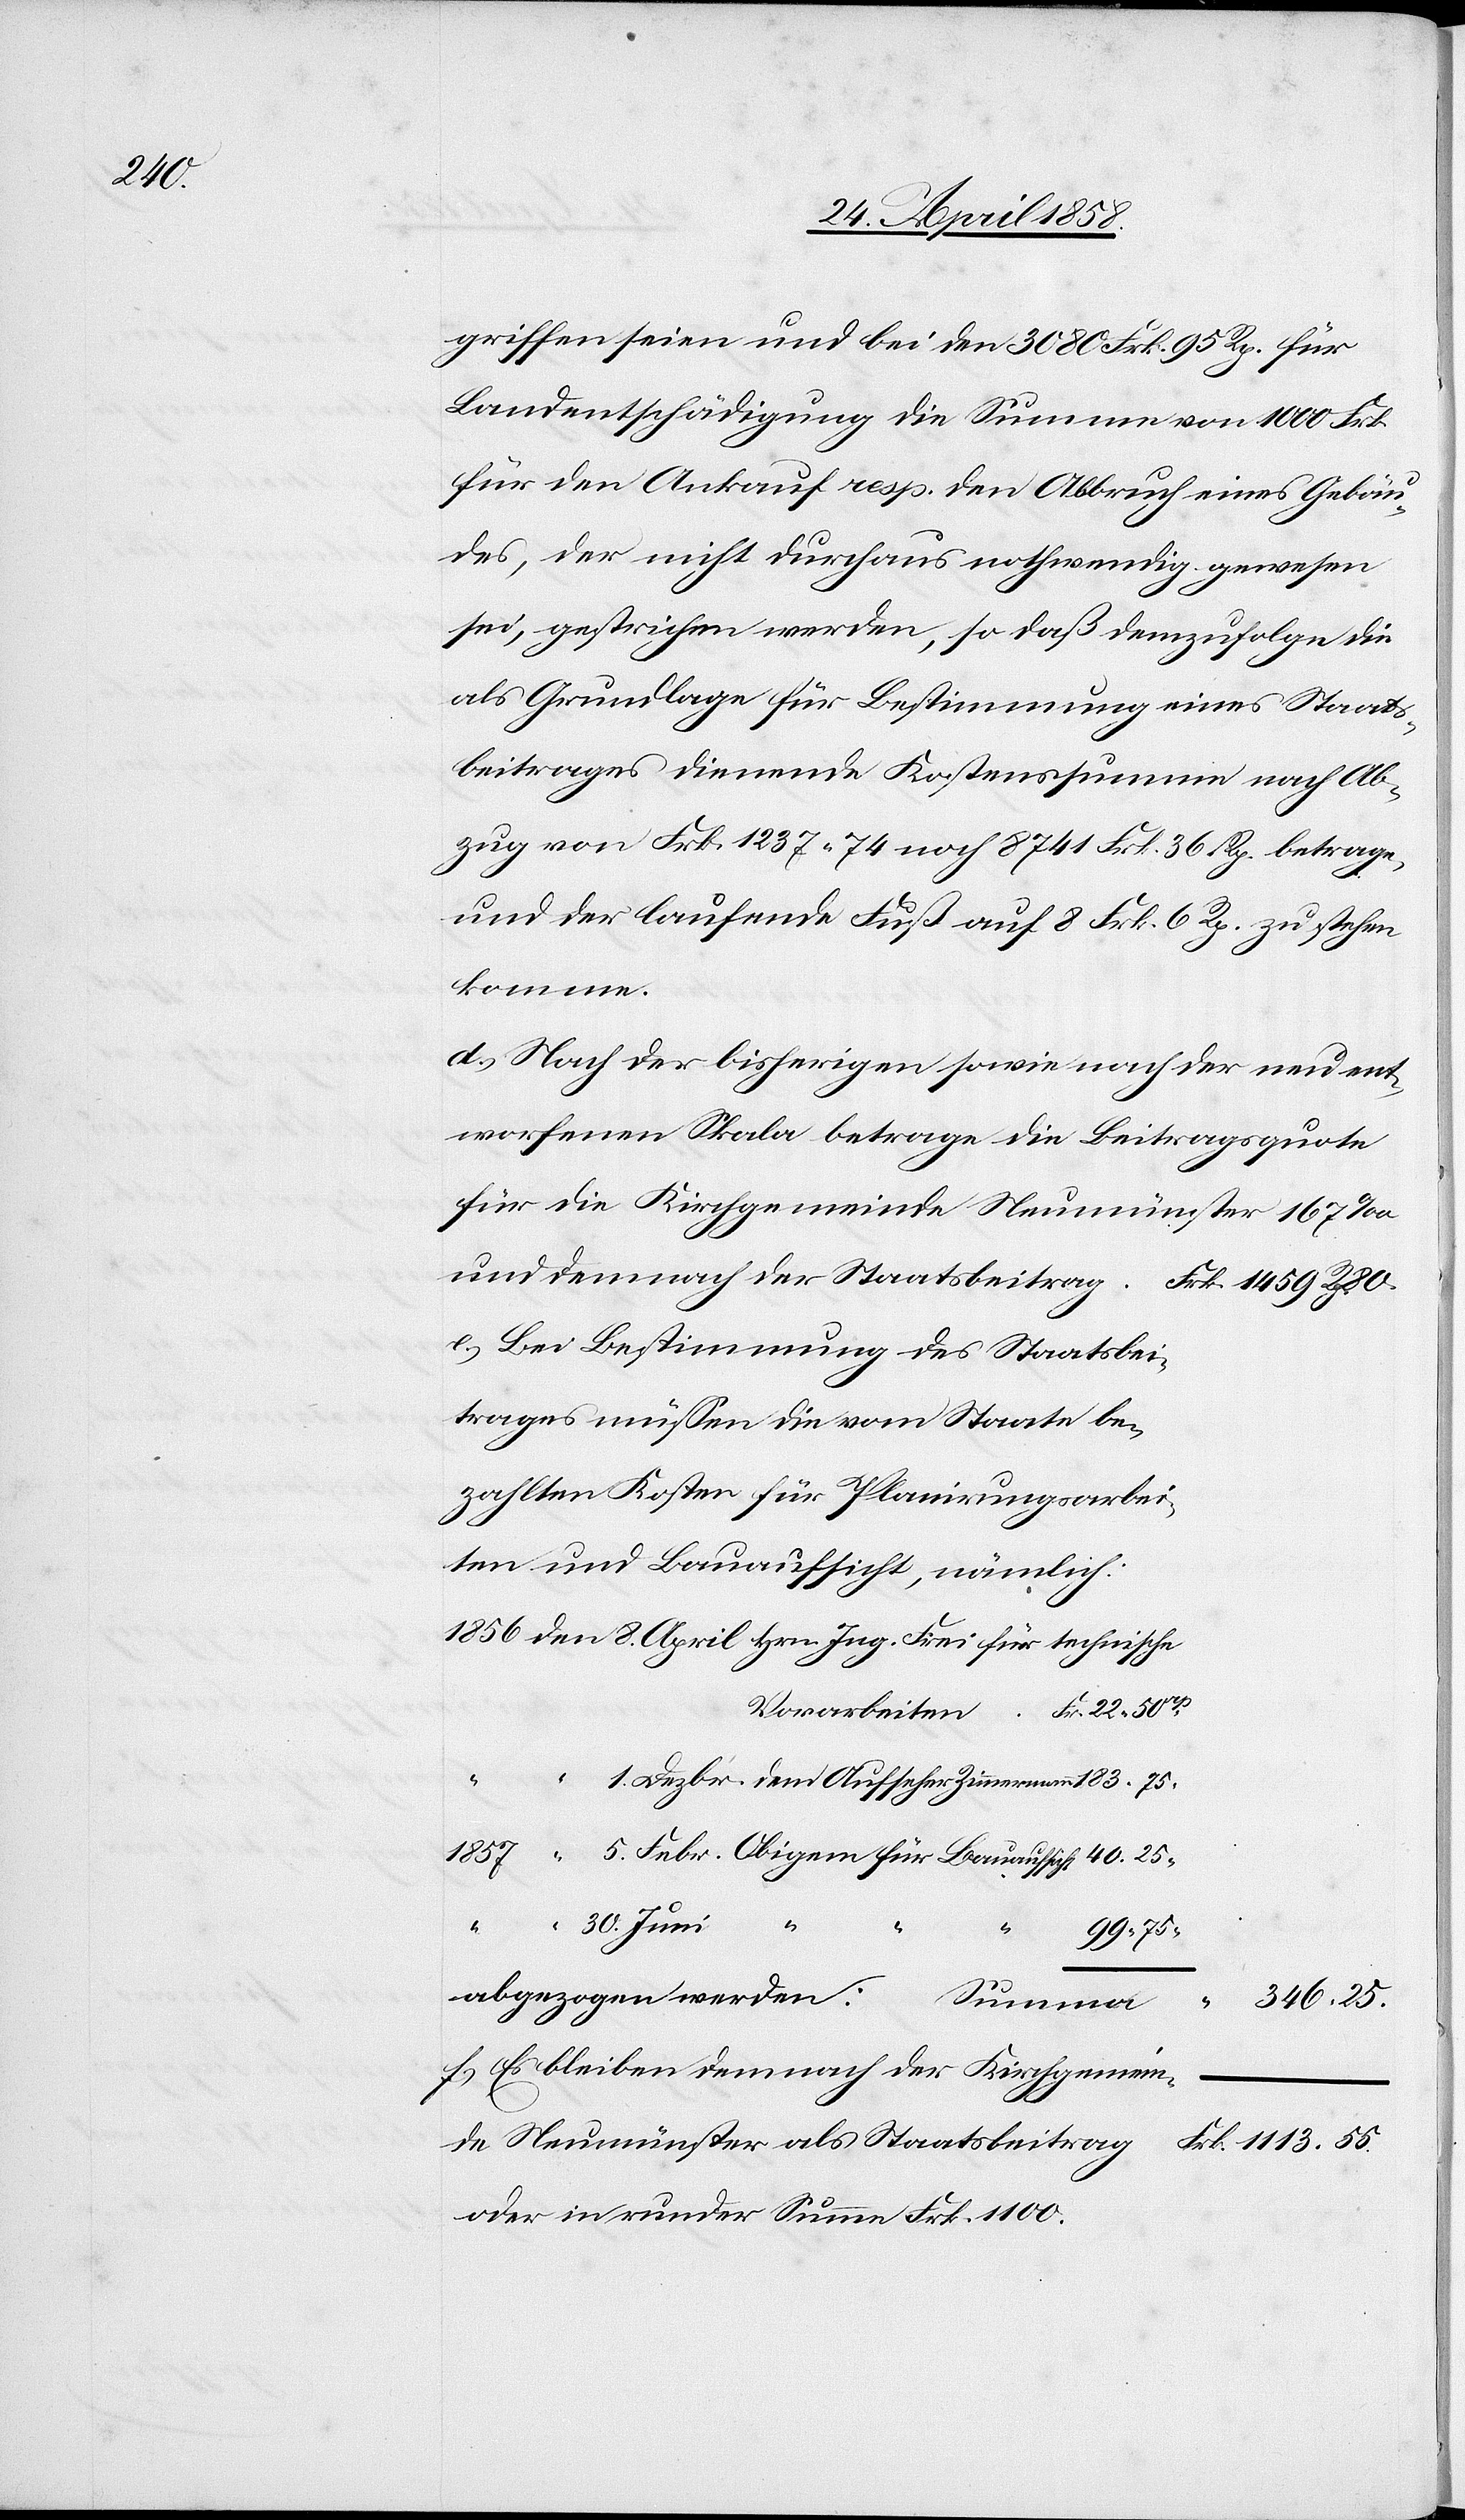
1113.

griffen seien und bei den 3080 Frk. 95 Rp. für
Landentschädigung die Summe von 1000 Frk.
für den Ankauf resp. den Abbruch eines Gebäu¬
des, der nicht durchaus nothwendig gewesen
sei, gestrichen werden, so daß demzufolge die
als Grundlage für Bestimmung eines Staats¬
beitrages dienende Kostenssumme nach Ab¬
zug von Frk. 1237 74 Rp. noch 8741 Frk. 36 Rp. betrage,
und der laufende Fuß auf 8 Frk. 6 Rp. zu stehen
komme.
d. Nach der bisherigen sowie nach der neu ent¬
worfenen Skala betrage die Beitragsquote
für die Kirchgemeinde Neumünster 167‰
und demnach der Staatsbeitrag
e. Bei Bestimmung des Staatsbei¬
trage müssen die vom Statte be¬
zahlten Kosten für Planierungssarbei¬
ten und Bauaufsicht, nämlich:
30. Juni
Neumünster
f. Es bleiben demnach der Kirchgemein¬
de
oder in runder Summe Frk. 1100.